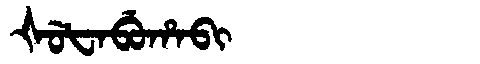
Manchu: ᡧᡠᡶᠠᠪᡠᡥᠠᠪᡳ
Romanization: ŠUFABUHABI